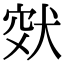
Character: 𤞮